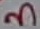
Text: 3